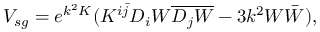
V _ { s g } = e ^ { k ^ { 2 } K } ( K ^ { i \bar { j } } D _ { i } W \overline { { { D _ { j } W } } } - 3 k ^ { 2 } W \bar { W } ) ,